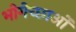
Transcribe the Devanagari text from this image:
भोगेच्छाओं